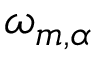
\omega _ { m , \alpha }